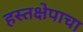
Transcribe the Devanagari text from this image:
हस्तक्षेपाचा